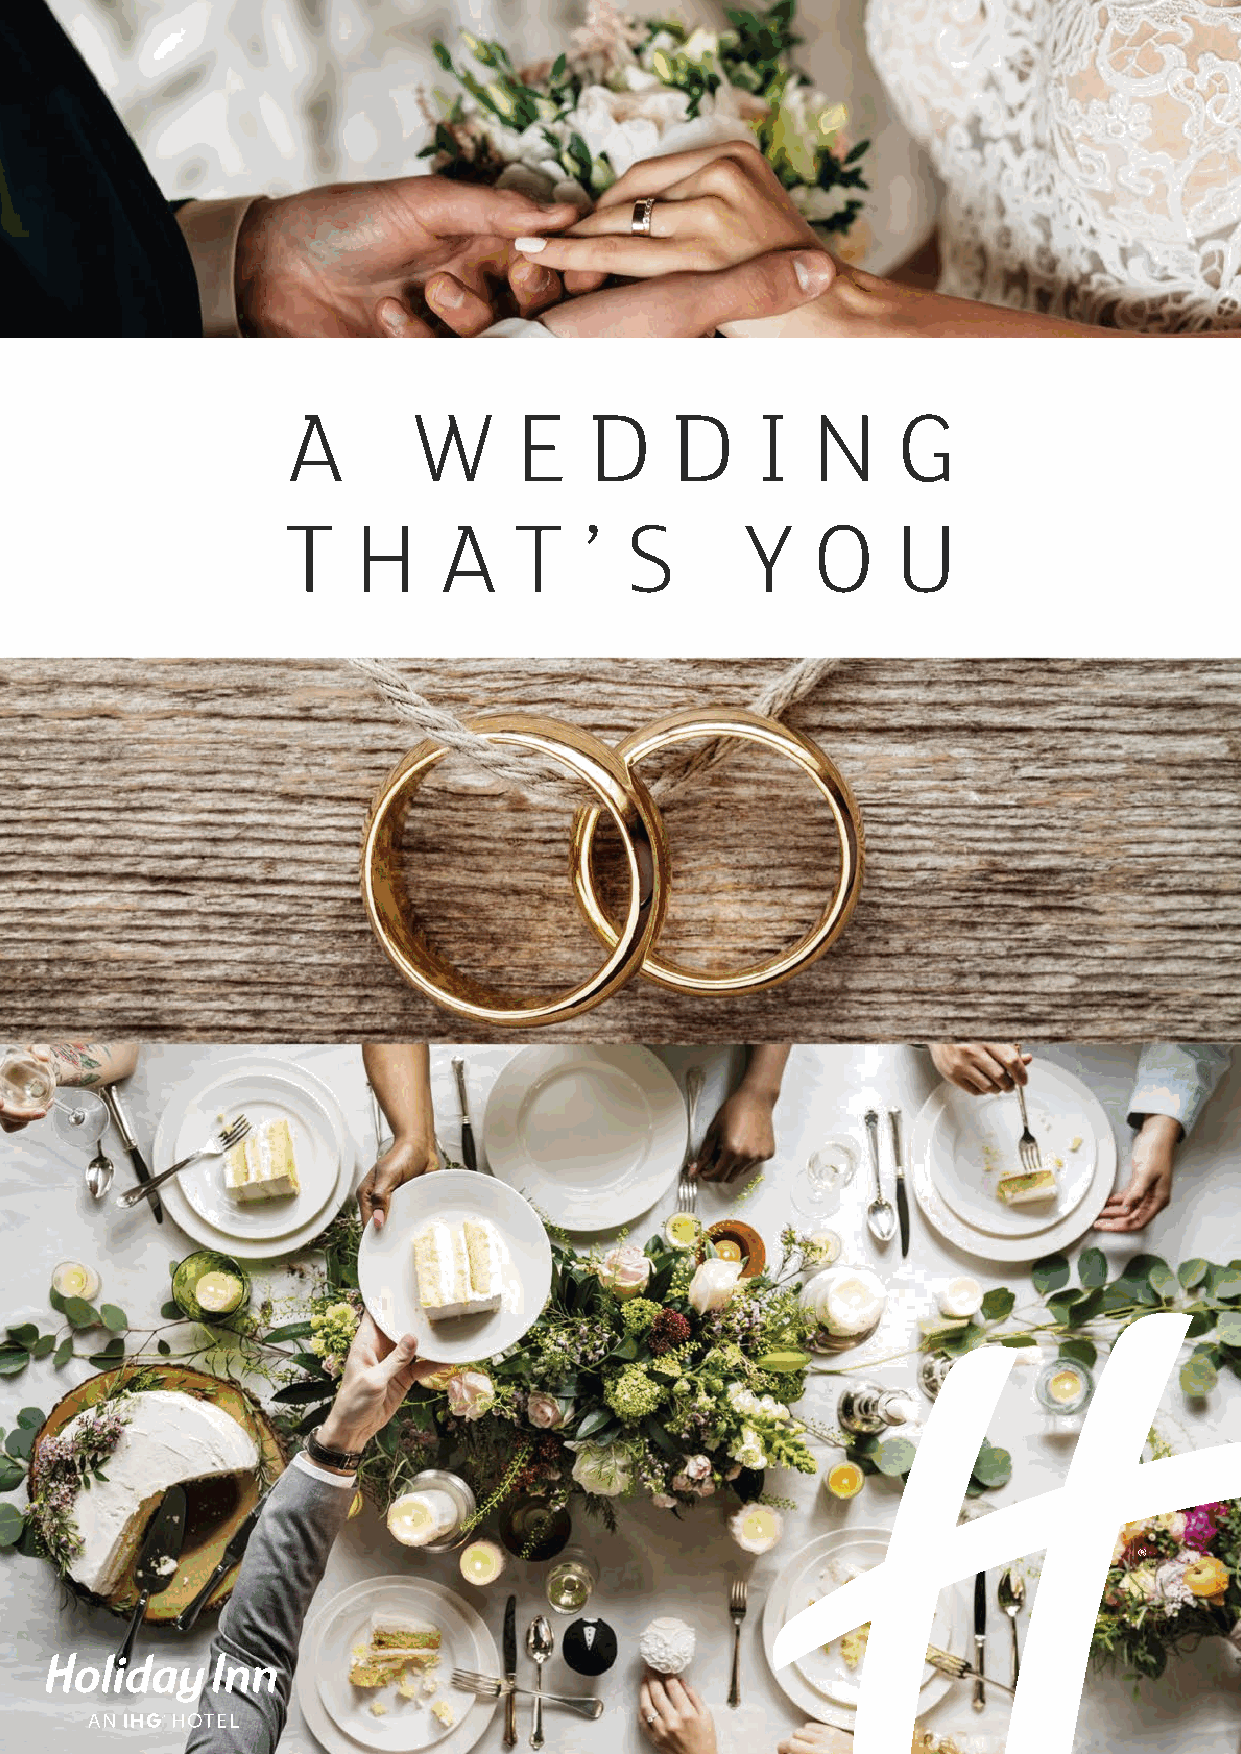
A       W      E    D    D     I   N    G
 T   H     A    T    ’ S       Y    O    U